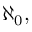
\aleph _ { 0 } ,